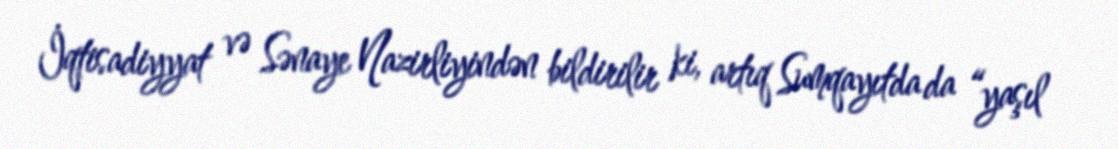
İqtisadiyyat və Sənaye Nazirliyindən bildirilir ki, artıq Sumqayıtda da “yaşıl